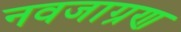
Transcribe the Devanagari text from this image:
नवजाग्रण